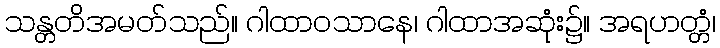
သန္တတိအမတ်သည်။ ဂါထာဝသာနေ၊ ဂါထာအဆုံး၌။ အရဟတ္တံ၊